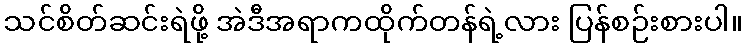
သင်စိတ်ဆင်းရဲဖို့ အဲဒီအရာကထိုက်တန်ရဲ့လား ပြန်စဉ်းစားပါ။